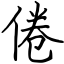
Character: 倦